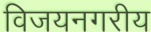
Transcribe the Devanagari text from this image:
विजयनगरीय